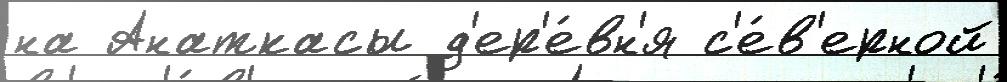
на Анаткасы д'ер'е́вн'я с'е́в'ерной